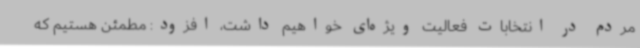
مردم در انتخابات فعالیت ویژه‌ای خواهیم داشت، افزود: مطمئن هستیم که